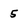
Character: 5